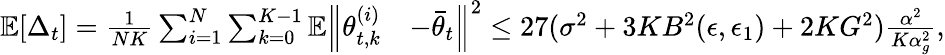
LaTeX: \begin{array}{rl}{\mathbb{E}[\Delta_{t}]=\frac{1}{NK}\sum_{i=1}^{N}\sum_{k=0}^{K-1}\mathbb{E}\Big\lVert\theta_{t,k}^{(i)}}&{-\bar{\theta}_{t}\Big\rVert^{2}\le 27(\sigma^{2}+3KB^{2}(\epsilon,\epsilon_{1})+2KG^{2})\frac{\alpha^{2}}{K\alpha_{g}^{2}},}\end{array}